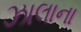
ઝાલાના